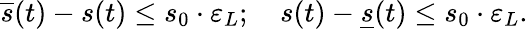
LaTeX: \overline{{s}}(t)-s(t)\leq s_{0}\cdot\varepsilon_{L};\quad s(t)-\underline{{s}}(t)\leq s_{0}\cdot\varepsilon_{L}.